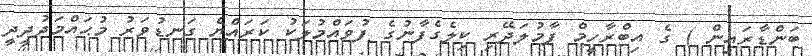
ބަންޑާރައިން ) ގެ އިބްރާހީމް ފާމުލަދޭރި ކިލެގެފާނުގެ ފުވައްމުލަކު ކަރައްޔެ ގަނޑުވަރު މުޙައްމަދުދީދީ